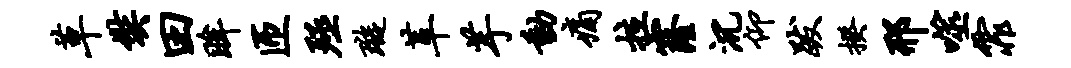
草奘田眸匝殛璇革芋动痛拉窿沉仰跋揆邢噬霏